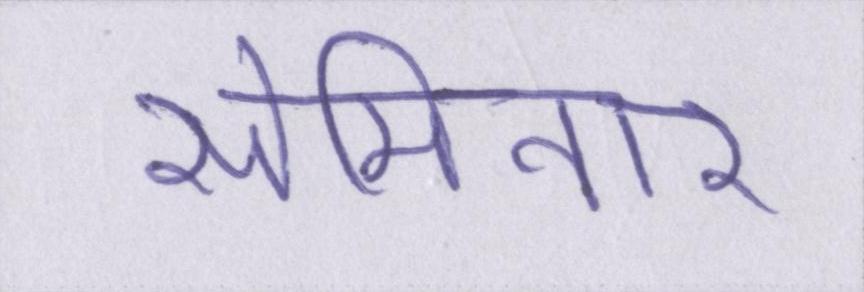
सेमिनार